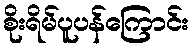
စိုးရိမ်ပူပန်ကြောင်း